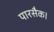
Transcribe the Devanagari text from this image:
पारसैक।